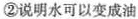
②说明水可以变成油